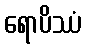
ရောပိဿံ